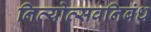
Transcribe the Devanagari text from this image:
नित्योत्सवनिबंध